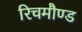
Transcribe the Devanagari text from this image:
रिचमौण्ड